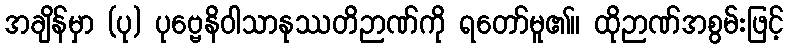
အချိန်မှာ (ပု) ပုဗ္ဗေနိဝါသာနုဿတိဉာဏ်ကို ရတော်မူ၏။ ထိုဉာဏ်အစွမ်းဖြင့်